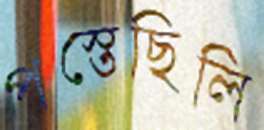
পস্তেছিলি